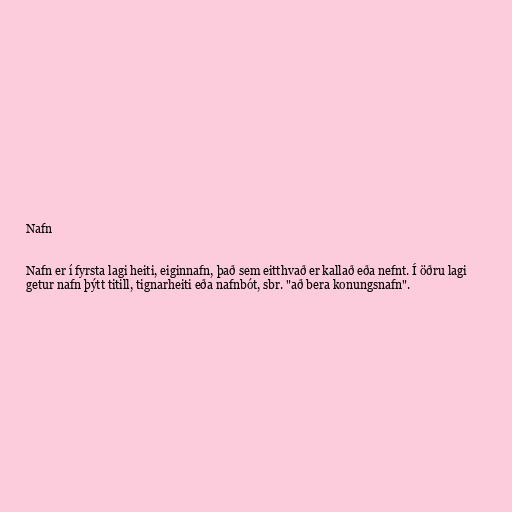
Nafn

Nafn er í fyrsta lagi heiti, eiginnafn, það sem eitthvað er kallað eða nefnt. Í öðru lagi
getur nafn þýtt titill, tignarheiti eða nafnbót, sbr. "að bera konungsnafn".